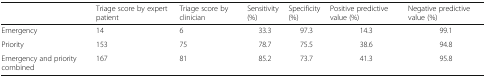
<table><thead><tr><td></td><td><b>Triage score by expert patient</b></td><td><b>Triage score by clinician</b></td><td><b>Sensitivity (%)</b></td><td><b>Specificity (%)</b></td><td><b>Positive predictive value (%)</b></td><td><b>Negative predictive value (%)</b></td></tr></thead><tbody><tr><td>Emergency</td><td>14</td><td>6</td><td>33.3</td><td>97.3</td><td>14.3</td><td>99.1</td></tr><tr><td>Priority</td><td>153</td><td>75</td><td>78.7</td><td>75.5</td><td>38.6</td><td>94.8</td></tr><tr><td>Emergency and priority combined</td><td>167</td><td>81</td><td>85.2</td><td>73.7</td><td>41.3</td><td>95.8</td></tr></tbody></table>